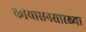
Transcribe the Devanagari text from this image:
कोयासनसारख्या